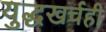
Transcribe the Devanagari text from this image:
युद्धखर्चही